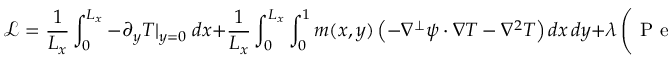
\mathcal { L } = \frac { 1 } { L _ { x } } \int _ { 0 } ^ { L _ { x } } - \partial _ { y } T | _ { y = 0 } \; d x + \frac { 1 } { L _ { x } } \int _ { 0 } ^ { L _ { x } } \int _ { 0 } ^ { 1 } m ( x , y ) \left( - \nabla ^ { \perp } \psi \cdot \nabla T - \nabla ^ { 2 } T \right) d x \, d y + \lambda \left( \mathrm { ~ P ~ e ~ } ^ { 2 } - \frac { 1 } { L _ { x } } \int _ { 0 } ^ { L x } \int _ { 0 } ^ { 1 } \left( \nabla ^ { 2 } \psi \right) ^ { 2 } d x \, d y \right) .